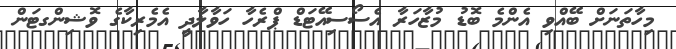
މިހާތަނަށް ބޭއްވި އެންމެ ބޮޑު މުޒާހަރާ އެސޯސިއޭޓަޑް ޕްރެހާ ހަވާލާދީ އެމެރިކާގެ ވޮޝިންގޓަން